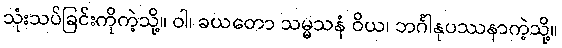
သုံးသပ်ခြင်းကိုကဲ့သို့။ ဝါ၊ ခယတော သမ္မသနံ ဝိယ၊ ဘင်္ဂါနုပဿနာကဲ့သို့။